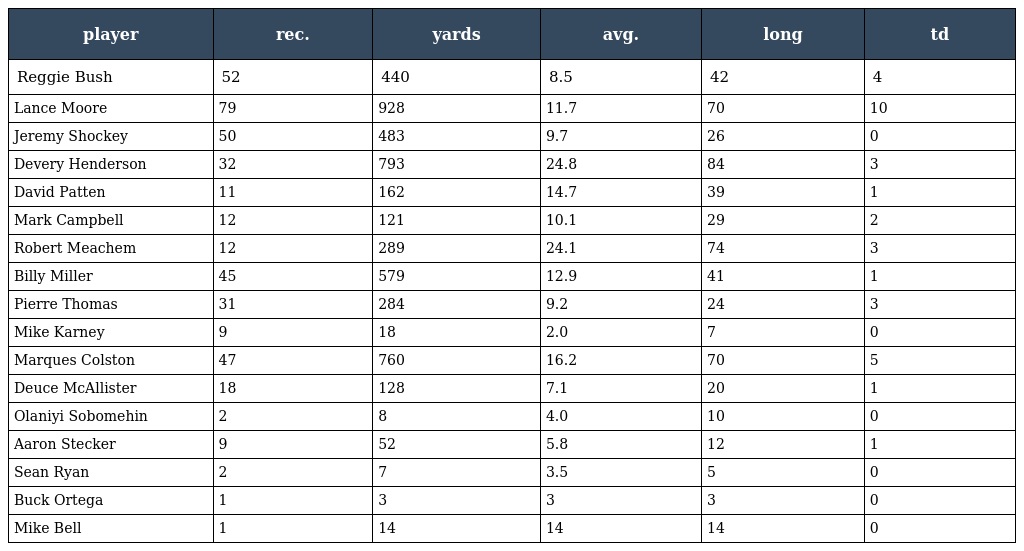
| player | rec. | yards | avg. | long | td |
 | --- | --- | --- | --- | --- | --- |
 | Reggie Bush | 52 | 440 | 8.5 | 42 | 4 |
 | Lance Moore | 79 | 928 | 11.7 | 70 | 10 |
 | Jeremy Shockey | 50 | 483 | 9.7 | 26 | 0 |
 | Devery Henderson | 32 | 793 | 24.8 | 84 | 3 |
 | David Patten | 11 | 162 | 14.7 | 39 | 1 |
 | Mark Campbell | 12 | 121 | 10.1 | 29 | 2 |
 | Robert Meachem | 12 | 289 | 24.1 | 74 | 3 |
 | Billy Miller | 45 | 579 | 12.9 | 41 | 1 |
 | Pierre Thomas | 31 | 284 | 9.2 | 24 | 3 |
 | Mike Karney | 9 | 18 | 2.0 | 7 | 0 |
 | Marques Colston | 47 | 760 | 16.2 | 70 | 5 |
 | Deuce McAllister | 18 | 128 | 7.1 | 20 | 1 |
 | Olaniyi Sobomehin | 2 | 8 | 4.0 | 10 | 0 |
 | Aaron Stecker | 9 | 52 | 5.8 | 12 | 1 |
 | Sean Ryan | 2 | 7 | 3.5 | 5 | 0 |
 | Buck Ortega | 1 | 3 | 3 | 3 | 0 |
 | Mike Bell | 1 | 14 | 14 | 14 | 0 |